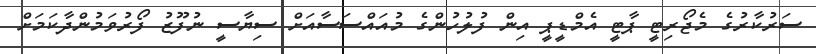
ސަރުކާރުގެ މެޖޯރިޓީ ޕާޓީ އެމްޑީޕީ އިން ފުލުހުންގެ މުއައްސަސާއަށް ސިޔާސީ ނުފޫޒު ފޯރުވަމުންދާކަމަށް